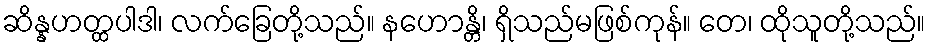
ဆိန္နဟတ္ထပါဒါ၊ လက်ခြေတို့သည်။ နဟောန္တိ၊ ရှိသည်မဖြစ်ကုန်။ တေ၊ ထိုသူတို့သည်။